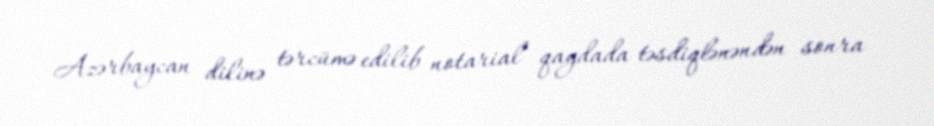
Azərbaycan dilinə tərcümə edilib notarial qaydada təsdiqlənəndən sonra